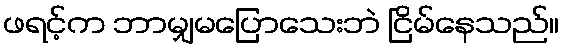
ဖရင့်က ဘာမျှမပြောသေးဘဲ ငြိမ်နေသည်။